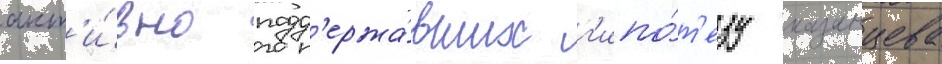
акт'и́вно подд'ержа́вших г'ипо́т'езу казанцева